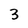
Character: 3